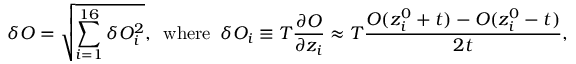
\delta O = \sqrt { \sum _ { i = 1 } ^ { 1 6 } \delta O _ { i } ^ { 2 } } , \mathrm { \, ~ w h e r e \, ~ } \delta O _ { i } \equiv T \frac { \partial O } { \partial z _ { i } } \approx T \frac { O ( z _ { i } ^ { 0 } + t ) - O ( z _ { i } ^ { 0 } - t ) } { 2 t } ,